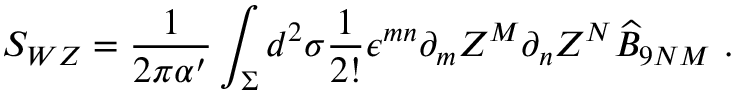
S _ { W Z } = \frac { 1 } { 2 \pi \alpha ^ { \prime } } \int _ { \Sigma } d ^ { 2 } \sigma \frac { 1 } { 2 ! } \epsilon ^ { m n } \partial _ { m } Z ^ { M } \partial _ { n } Z ^ { N } \widehat { B } _ { 9 N M } ~ .